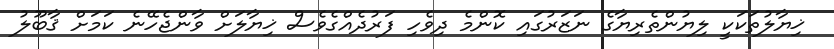
ޚިޔާލުތަކަކީ ލިޔުންތެރިޔާގެ ނަޒަރުގައި ކޮންމެ ދިވެހި ފަރުދެއްގެވެސް ޚިޔާލަށް ވާންޖެހޭނެ ކަމަށް ޤާބޫލު